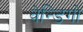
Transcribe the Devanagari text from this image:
वेन्डिगो